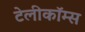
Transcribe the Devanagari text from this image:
टेलीकॉम्स